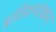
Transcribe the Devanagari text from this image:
प्रतिरूपांकन